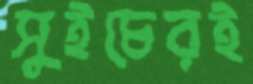
সুইচেরই